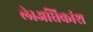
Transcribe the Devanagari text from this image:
ले।अधिकांश